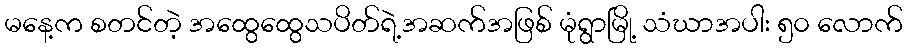
မနေ့က စတင်တဲ့ အထွေထွေသပိတ်ရဲ့အဆက်အဖြစ် မုံရွာမြို့ သံဃာအပါး ၅၀ လောက်